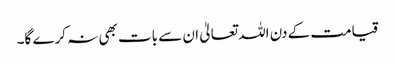
قیامت کے دن اللہ تعالیٰ ان سے بات بھی نہ کرے گا۔